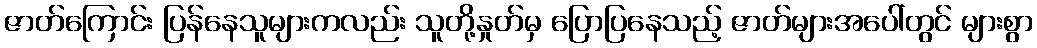
ဇာတ်ကြောင်း ပြန်နေသူများကလည်း သူတို့နှုတ်မှ ပြောပြနေသည့် ဇာတ်များအပေါ်တွင် များစွာ